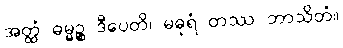
အတ္ထံ ဓမ္မဉ္စ ဒီပေတိ၊ မဓုရံ တဿ ဘာသိတံ။